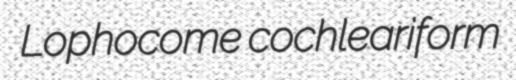
Lophocome cochleariform